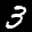
Label: 3